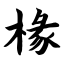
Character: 椽